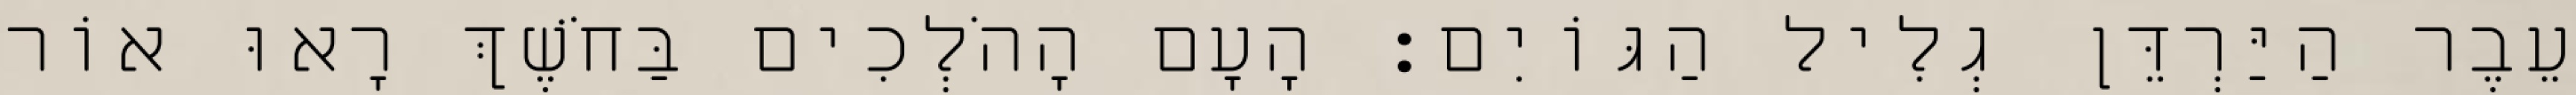
עֵבֶר הַיַּרְדֵּן גְלִיל הַגּוֹיִם׃ הָעָם הָהֹלְכִים בַּחֹשֶׁךְ רָאוּ אוֹר